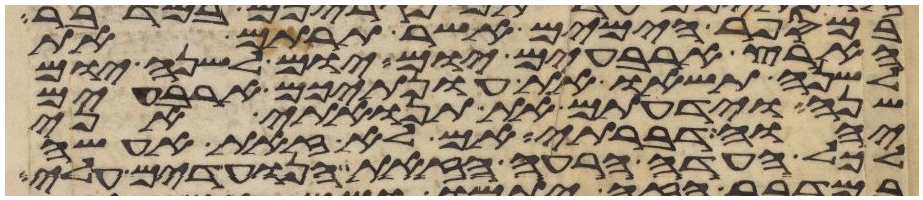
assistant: במספר הימים אשר תרתם את
הארץ ארבעים יום יום לשנה יום
לשנה תשאו את עונתיכם ארבעים
שנה וידעתם את תנואתי אני
יהוה דברתי אם לא זאת אעשה
לכל העדה הרעה הזאת הנועדים עלי